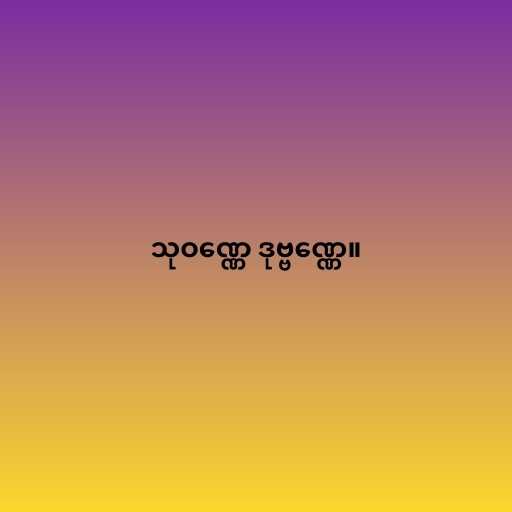
သုဝဏ္ဏေ ဒုဗ္ဗဏ္ဏေ။